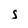
Character: S